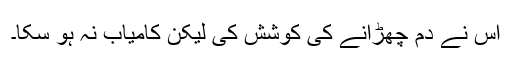
اس نے دُم چھڑانے کی کوشش کی لیکن کامیاب نہ ہو سکا۔